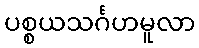
ပစ္စယသင်္ဂဟမူလာ